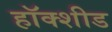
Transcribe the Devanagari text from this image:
हॉक्शीड